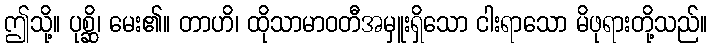
ဤသို့။ ပုစ္ဆိ၊ မေး၏။ တာဟိ၊ ထိုသာမာဝတီအမှူးရှိသော ငါးရာသော မိဖုရားတို့သည်။